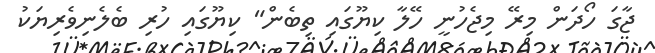
ޖާގަ ހޯދަން މިރޭ މިޖެހުނީ ހޭލާ ކިޔޫގައި ތިބެން" ކިޔޫގައި ހުރި ބެލެނިވެރިޔަކު